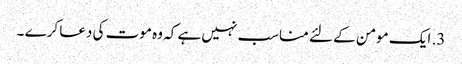
3. ایک مومن کے لئے مناسب نہیں ہے کہ وہ موت کی دعا کرے ۔